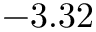
- 3 . 3 2